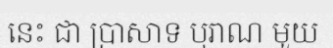
នេះ ជា ប្រាសាទ បុរាណ មួយ